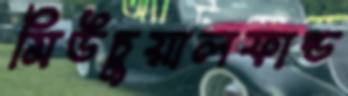
মিউচুয়ালফান্ড